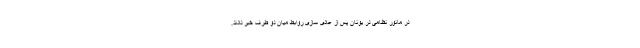
در مانور نظامی در یونان پس از عادی سازی روابط میان دو طرف خبر دادند.